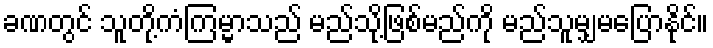
ခဏတွင် သူတို့ကံကြမ္မာသည် မည်သို့ဖြစ်မည်ကို မည်သူမျှမပြောနိုင်။